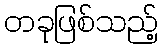
တခုဖြစ်သည့်